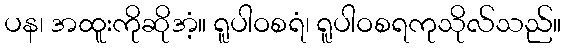
ပန၊ အထူးကိုဆိုအံ့။ ရူပါဝစရံ၊ ရူပါဝစရကုသိုလ်သည်။